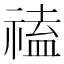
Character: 𥛐